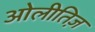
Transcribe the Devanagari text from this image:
ओलीतिज़